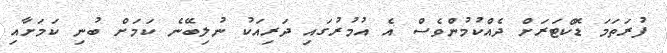
ފުރަތަމަ ޑޮކްޓަރަށް ދެއްކުމުންވެސް އެ އުމުރުގައި ދަރިއަކު ނުލިބޭނެ ކަމަށް ބުނި ކަމަށާއި